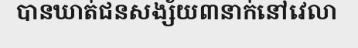
បានឃាត់ជនសង្ស័យ៣នាក់នៅវេលា